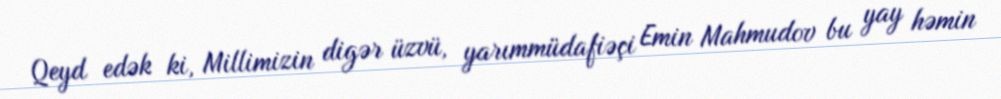
Qeyd edək ki, Millimizin digər üzvü, yarımmüdafiəçi Emin Mahmudov bu yay həmin